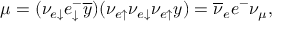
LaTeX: \mu = ( \nu _ { e \downarrow } e _ { \downarrow } ^ { - } \overline { { { y } } } ) ( \nu _ { e \uparrow } \nu _ { e \downarrow } \nu _ { e \uparrow } y ) = \overline { { { \nu } } } _ { e } e ^ { - } \nu _ { \mu } ,